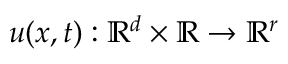
u ( x , t ) : \mathbb { R } ^ { d } \times \mathbb { R } \to \mathbb { R } ^ { r }